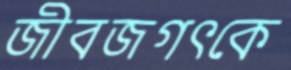
জীবজগৎকে